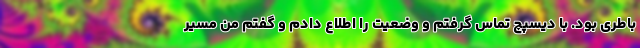
باطری بود. با دیسپچ تماس گرفتم و وضعیت را اطلاع دادم و گفتم من مسیر